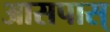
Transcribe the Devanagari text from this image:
आसपास्